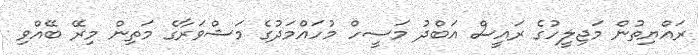
ރައްޔިތުން މަޖިލީހުގެ ރައީސް އަބްދު މަސީހް މުހައްމަދުގެ މަޝްވަރާގެ މަތިން މިރޭ ބޭއްވި